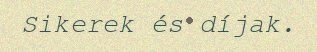
Sikerek és díjak.